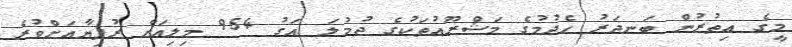
މީގެ އިތުރުން ބަނދަރު ހެދުމުގެ މަޝްރޫއުތަކުގެ ޖުމުލަ އަގު 954 މިލިއަން ރުފިޔާއަށްވުރެ